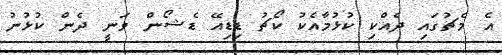
އެ މެޗުގައި ދެއްކި ކުޅުމާއެކު ކޯޗު ޑިޑިއޭ ޑެޝޯން ވަނީ ދެން ކުޅުނު